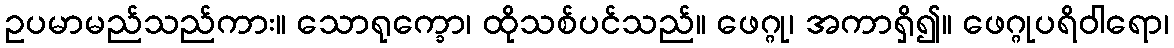
ဥပမာမည်သည်ကား။ သောရုက္ခော၊ ထိုသစ်ပင်သည်။ ဖေဂ္ဂု၊ အကာရှိ၍။ ဖေဂ္ဂုပရိဝါရော၊